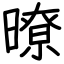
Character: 暸